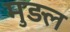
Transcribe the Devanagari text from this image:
मुड़ल